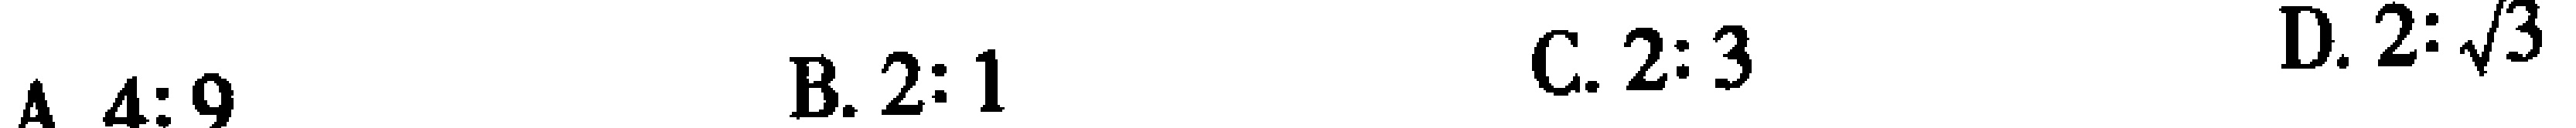
A. \(4:9\)  B. \(2:1\)  C. \(2:3\)  D. \(2:\sqrt{3}\)